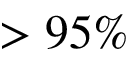
> 9 5 \%